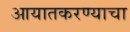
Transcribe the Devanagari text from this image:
आयातकरण्याचा